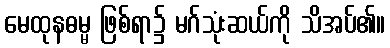
မေထုနဓမ္မ ဖြစ်ရာ၌ မဂ်သုံးဆယ်ကို သိအပ်၏။